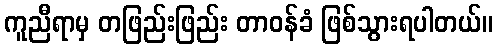
ကူညီရာမှ တဖြည်းဖြည်း တာဝန်ခံ ဖြစ်သွားရပါတယ်။